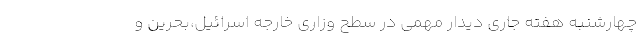
چهارشنبه هفته جاری دیدار مهمی در سطح وزاری خارجه اسرائیل،بحرین و